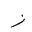
Letter: _zay